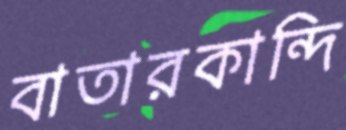
বাতারকান্দি